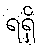
ရရှိ